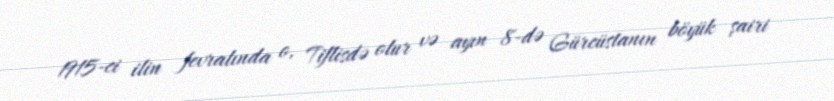
1915-ci ilin fevralında o, Tiflisdə olur və ayın 8-də Gürcüstanın böyük şairi